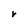
Character: r